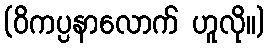
(ဝိကပ္ပနာလောက် ဟူလို။)